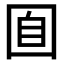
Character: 𡇝